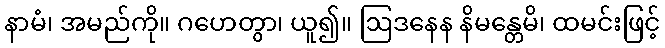
နာမံ၊ အမည်ကို။ ဂဟေတွာ၊ ယူ၍။ ဩဒနေန နိမန္တေမိ၊ ထမင်းဖြင့်